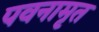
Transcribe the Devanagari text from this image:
पवनामृत